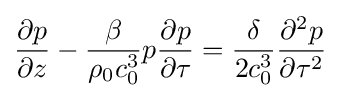
{\frac {\partial p}{\partial z}}-{\frac {\beta }{\rho _{0}c_{0}^{3}}}p{\frac {\partial p}{\partial \tau }}={\frac {\delta }{2c_{0}^{3}}}{\frac {\partial ^{2}p}{\partial \tau ^{2}}}